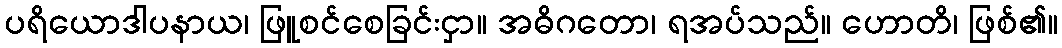
ပရိယောဒါပနာယ၊ ဖြူစင်စေခြင်းငှာ။ အဓိဂတော၊ ရအပ်သည်။ ဟောတိ၊ ဖြစ်၏။